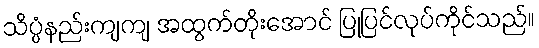
သိပ္ပံနည်းကျကျ အထွက်တိုးအောင် ပြုပြင်လုပ်ကိုင်သည်။